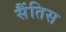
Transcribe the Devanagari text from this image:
सैंतिस